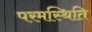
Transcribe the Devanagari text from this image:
परमस्थिति